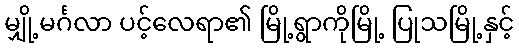
မျှို့မင်္ဂလာ ပင့်လေရာ၏ မြို့ရွာကိုမြို့ ပြုသမြို့နှင့်